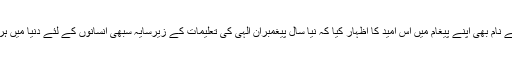
صدر روحانی نے اسی طرح کیتھولیک عیسائیوں کے رہنما پاپ فرانسیس کے نام بھی اپنے پیغام میں اس امید کا اظہار کیا کہ نیا سال پیغمبران الہی کی تعلیمات کے زیرسایہ سبھی انسانوں کے لئے دنیا میں ہر طرح کی برائیوں، تفریق اور غربت و افلاس کے خاتمے کا سال ثابت ہوگا۔